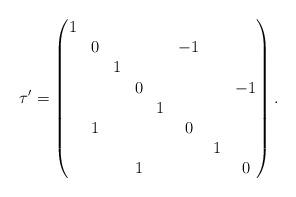
LaTeX: \begin{align*} \tau' = \begin{pmatrix} 1 & & & & & & & \\ & 0 & & & & -1 & & \\ & & 1 & & & & & \\ & & & 0 & & & & -1 \\ & & & & 1 & & & \\ & 1 & & & & 0 & & \\ & & & & & & 1 & \\ & & & 1 & & & & 0 \end{pmatrix}.\end{align*}